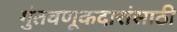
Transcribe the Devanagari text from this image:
गुंतवणूकदारांसाठी